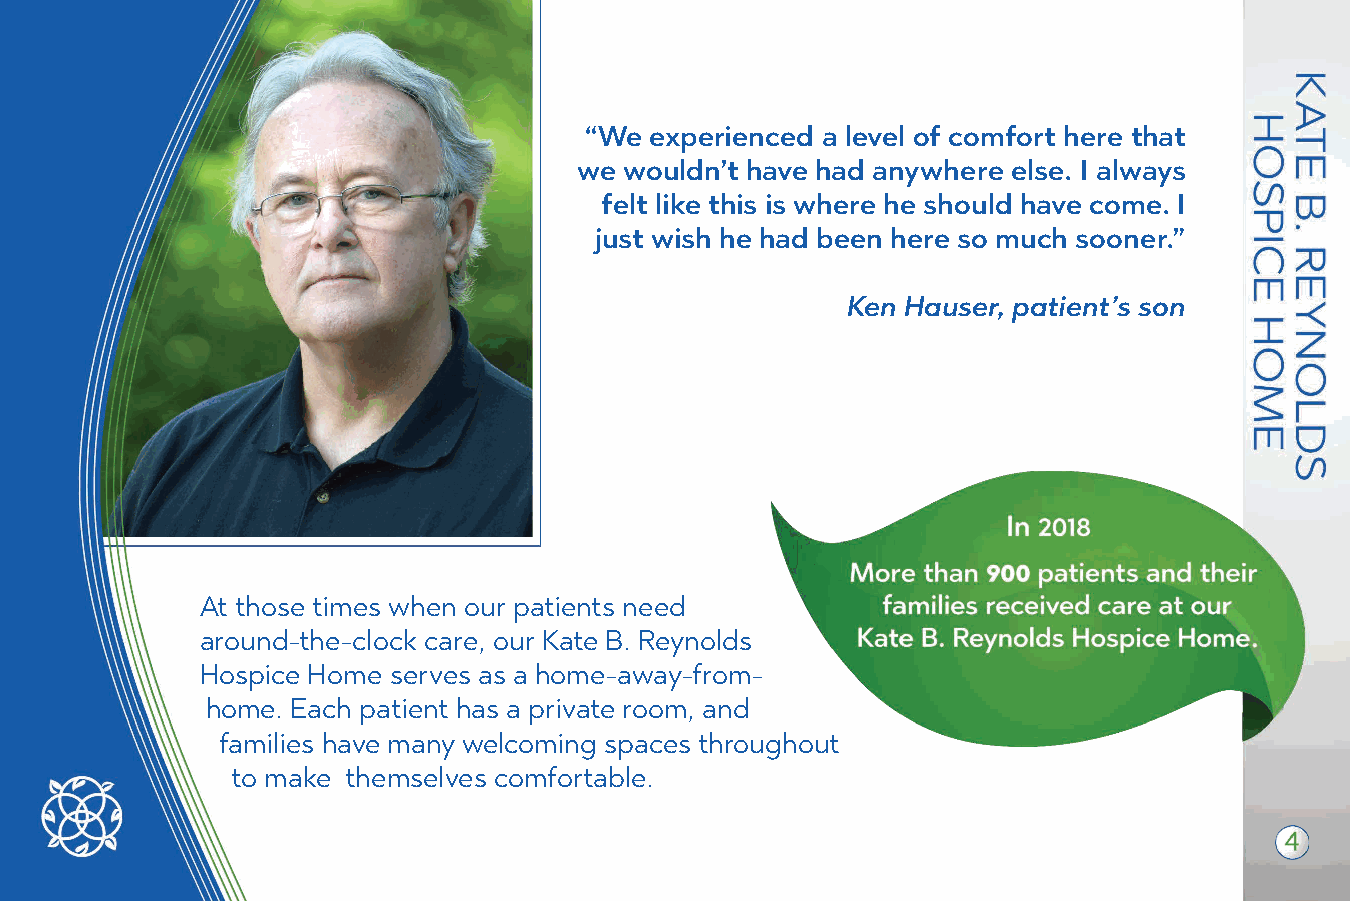
In 2018, Trellis Supportive Care introduced:
 Cardiac Supportive Care, tailored care for patients with advanced heart diseases.
 With care from our specially trained physicians and nurses,
 patients with heart disease and t heir
 caregivers can expect:
 personalized symptom management
 cardiac treatments at home
 reduced hospital admissions and ER visits
 Partners in Care, a program focused on
 partnerships with the expert care teams
 within extended care facilities in order to
 provide coordinated, compassionate care.
 “We experienced a level of comfort here that
 we wouldn’t have had anywhere else. I always
 felt like this is where he should have come. I
 just wish he had been here so much sooner.”
 Ken Hauser, patient’s son
 At those times when our patients need
 around-the-clock care, our Kate B. Reynolds
 Hospice Home serves as a home-away-from-
 home. Each patient has a private room, and
 families have many welcoming spaces throughout
 to make themselves comfortable.